Leaving Certificate Examination, 1918
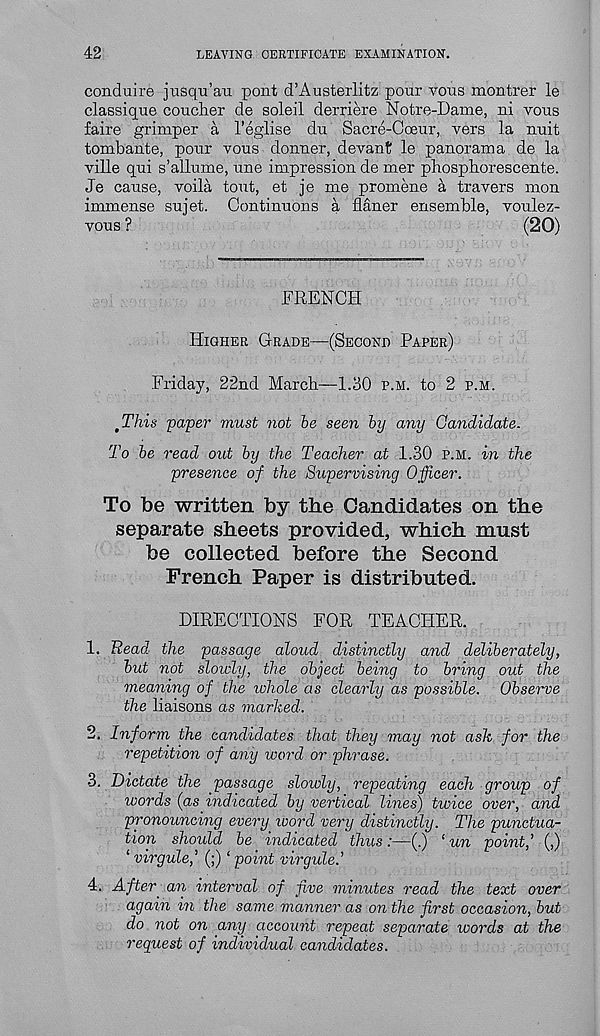
42
LEAVING CERTIFICATE EXAMINATION.
conduire jusqu’a-u pout d’Austerlitz pour vous montrer le
class! que coucher de soleil derriere Notre-Dame, ni vous
faire grimper a 1’eglise du Sacre-Coeur, vers la nuit
tombante, pour vous donner, devant le panorama de la
ville qui s’allume, une impression de mer phospborescente.
Je cause, voila tout, et je me promene a travers mon
immense sujet. Continuous a flaner ensemble, voulez-
vous ?
(20)
FRENCH
Higher Grade—(Second Paper)
Friday, 22nd March—1.30 p.m. to 2 p.m.
'This paper must not be seen by any Candidate.
To be read out by the Teacher at 1.30 p.m. in the
presence of the Supervising Officer.
To be written by the Candidates on the
separate sheets provided, which must
be collected before the Second
French Paper is distributed.
DIRECTIONS FOR TEACHER.
1. Head the passage aloud distinctly and deliberately,
but not slowly, the object being to bring out the
meaning of the whole as clearly as possible. Observe
the liaisons as marked.
2. Inform the candidates that they may not ask for the
repetition of any word or phrase.
3. Dictate the passage slowly, repeating each group of
words (as indicated by vertical lines) twice over, and
pronouncing every ivord very distinctly. The punctua-
tion should be indicated thus:—(.) ‘ un point,’ (,)
‘ virgule,’ (;) ‘point virgule.’
4. After, an interval of five minutes read the text over
again in the same manner as on the first occasion, but
do not on any account repeat separate words at the
reguest of individual candidates.